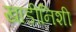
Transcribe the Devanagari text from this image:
खाडीनिशी